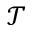
{ \mathcal T }